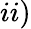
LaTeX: ii)